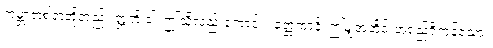
ကမ္ဘာတစ်ရာတို့တည်။ ဣတိ ဝါ၊ ဤသို့လည်းကောင်း။ ဧတ္တကာနိ၊ ဤမျှအတိုင်းအရှည်ရှိကုန်သော။